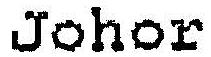
JOHOR